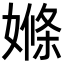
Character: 𡠊